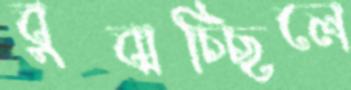
বুঝচ্ছিলে